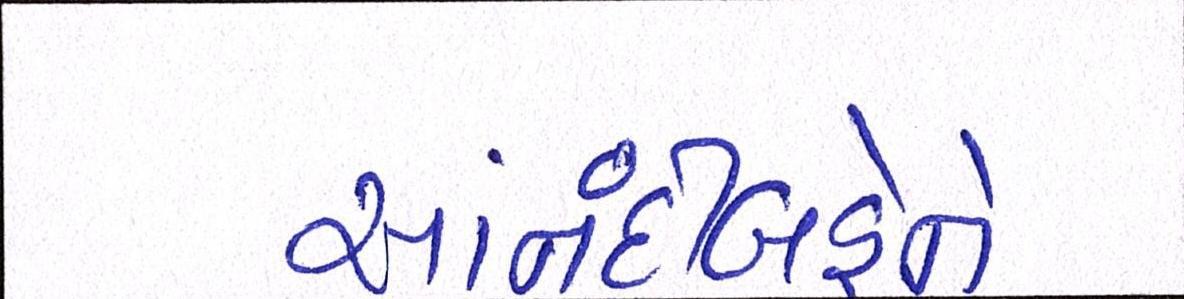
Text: આનંદીબહેને